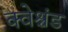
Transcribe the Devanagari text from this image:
क्वेश्चंड